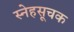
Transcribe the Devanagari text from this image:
स्नेहसूचक